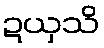
ဍယှသိ